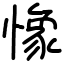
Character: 𢠽